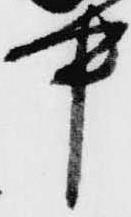
中